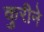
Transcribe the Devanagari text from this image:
कुरीने